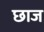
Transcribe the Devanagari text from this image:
छाज